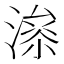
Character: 𱨤